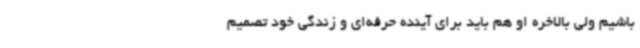
باشیم ولی بالاخره او هم باید برای آینده حرفه‌ای و زندگی خود تصمیم